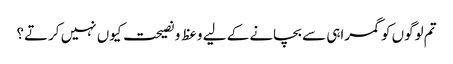
تم لوگوں کو گمراہی سے بچانے کے لیے وعظ و نصیحت کیوں نہیں کرتے؟